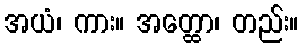
အယံ၊ ကား။ အတ္ထော၊ တည်း။